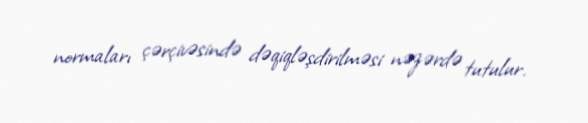
normaları çərçivəsində dəqiqləşdirilməsi nəzərdə tutulur.